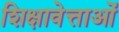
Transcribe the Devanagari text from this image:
शिक्षावेत्ताओं